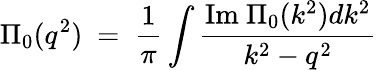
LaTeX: \Pi_{0}(q^{2})\ =\ \frac 1\pi\int\frac{\mathrm{Im~}\Pi_{0}(k^{2})dk^{2}}{k^{2}-q^{2}}